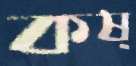
কষ্‌